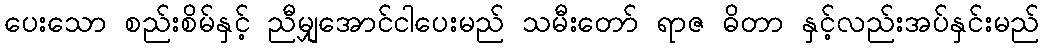
ပေးသော စည်းစိမ်နှင့် ညီမျှအောင်ငါပေးမည် သမီးတော် ရာဇ ဓိတာ နှင့်လည်းအပ်နှင်းမည်